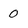
Character: 0